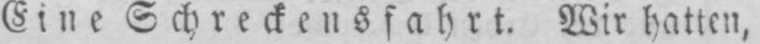
Eine Schreckensfahrt. Wir hatten,